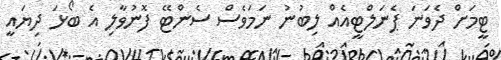
ޓީމަށް ދެވަނަ ޕެނަލްޓީއެއް ލިބުނު ނަމަވެސް ސެންޓޭ ފޮނުވާލި އެ ބޯޅަ ދިޔައީ